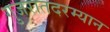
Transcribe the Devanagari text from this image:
गुजरातदरम्यान